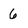
Character: 6